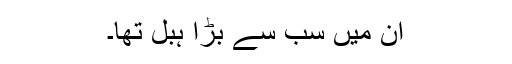
ان میں سب سے بڑا ہبل تھا۔